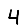
Digit: 4